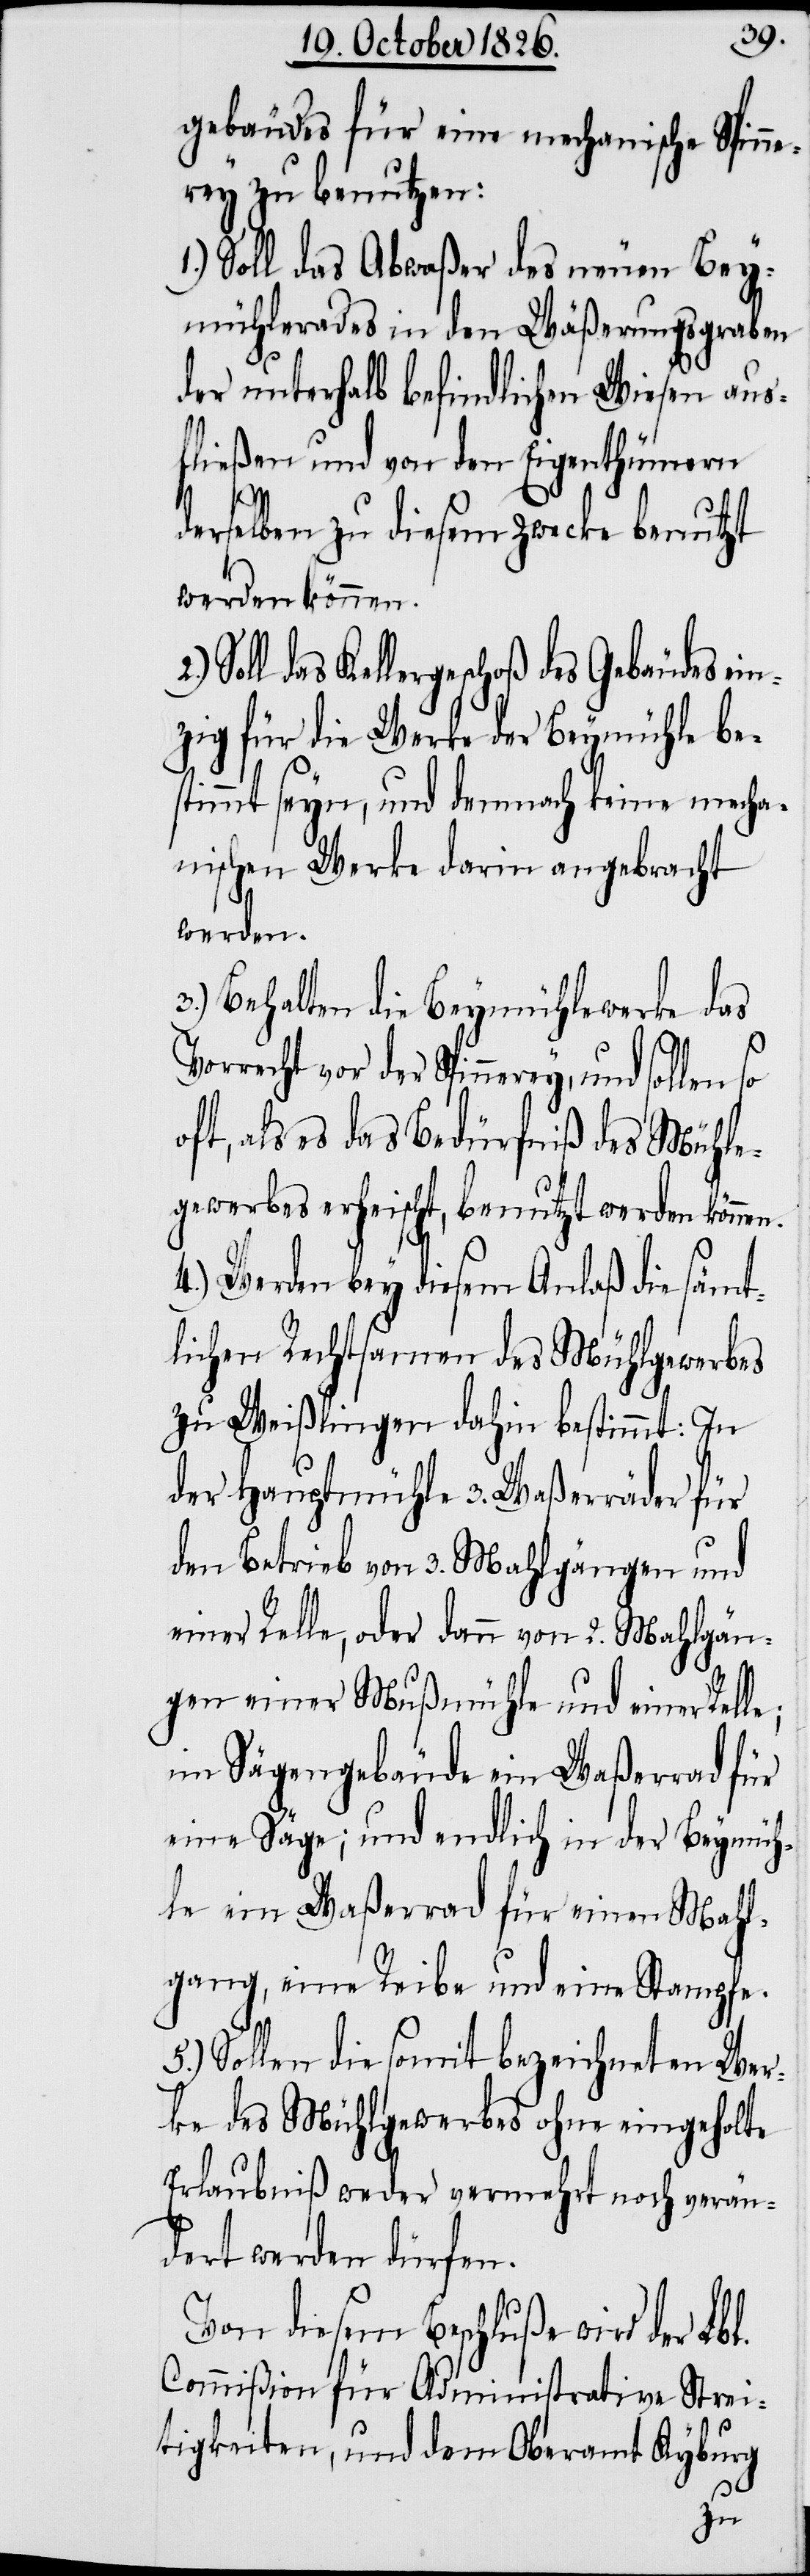
gebäudes für eine mechanische Spinne¬
rey zu benutzen:
1.) Soll das Abwaßer des neuen Bey¬
mühlerades in den Wäßerungsgraben
der unterhalb befindlichen Wiesen aus¬
fließen und von den Eigenthümern
n.
derselben zu diesem Zwecke benutzt
werden können.
Soll das Kellergeschoß des Gebäudes ein¬
zig für die Werke der Beymühle be¬
stimmt seyn, und demnach keine mecha¬
nischen Werke darin angebracht
werden.
3.) Behalten die Beymühlewerke das
Vorrecht vor der Spinnerey, und
oft, als es das Bedürfniß des Mühle¬
gewerbes erheischt, benutzt werden könne¬
4.) Werden bey diesem Anlaß die sämt¬
lichen Rechtsamen des Mühlgewerbes
zu Weißlingen dahin bestimmt: In
der Hauptmühle 3. Waßerräder für
den Betrieb von 2. Mahlgängen und
einer Relle, oder dann von 2. Mahlgän¬
im Sägengebäude ein Waßerrad für
eine Säge; und endlich in der Beymüh¬
le ein Waßerrad für einen Mahl¬
gang, eine Reibe und eine Stampfe.
5.) Sollen die somit bezeichneten Wer¬
ke des Mühlgewerbes ohne eingeholte
Erlaubniß weder vermehrt noch verän¬
dert werden dürfen.
Von diesem Beschluße wird der Lbl.
Commißion für Administrative Strei¬
tigkeiten, und dem Oberamt Kyburg
gen